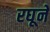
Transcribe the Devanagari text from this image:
रघूने